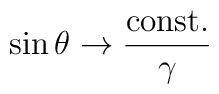
\sin \theta \rightarrow \frac{ {\rm const.}}{\gamma}